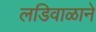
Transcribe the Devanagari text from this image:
लडिवाळाने